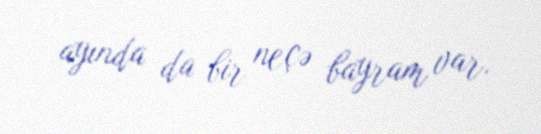
ayında da bir neçə bayram var.